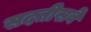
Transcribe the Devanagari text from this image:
सदतीसवे